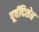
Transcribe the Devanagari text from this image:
पूर्वदिशेत